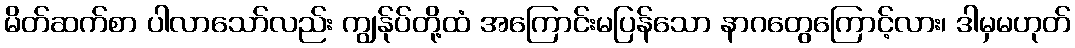
မိတ်ဆက်စာ ပါလာသော်လည်း ကျွန်ုပ်တို့ထံ အကြောင်းမပြန်သော နာဂတွေကြောင့်လား၊ ဒါမှမဟုတ်